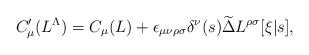
LaTeX: \begin{align*}C'_\mu(L^\Lambda) = C_\mu(L)+\epsilon_{\mu\nu\rho\sigma}\delta^\nu(s) \widetilde\Delta L^{\rho\sigma}[\xi|s],\end{align*}